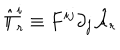
\hat { \Pi } _ { r } ^ { i } \equiv F ^ { i j } \partial _ { j } \hat { \cal A } _ { r }